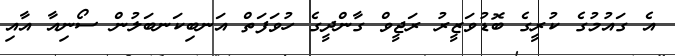
އެ ގައުމުގެ ކުރީގެ ބޮޑުވަޒީރު ރަޖީވް ގާންދީގެ ހުވަފަތް އަނބިކަނބަލުން ސޯނިއާ އާއި